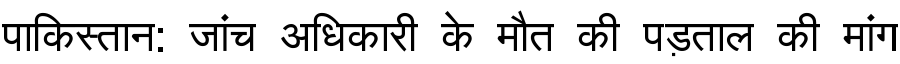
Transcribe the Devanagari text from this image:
पाकिस्तान: जांच अधिकारी के मौत की पड़ताल की मांग